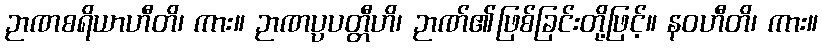
ဉာဏစရိယာဟီတိ၊ ကား။ ဉာဏပ္ပပတ္တီဟိ၊ ဉာဏ်၏ဖြစ်ခြင်းတို့ဖြင့်။ နဝဟီတိ၊ ကား။